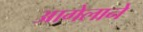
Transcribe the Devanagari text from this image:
आगेलाने